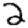
Digit: 2